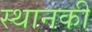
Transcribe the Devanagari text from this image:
स्‍थानकी